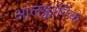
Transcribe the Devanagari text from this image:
आलङ्कारिंक